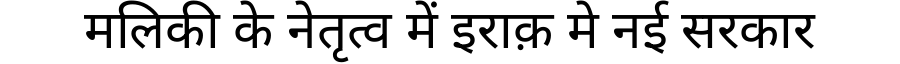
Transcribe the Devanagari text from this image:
मलिकी के नेतृत्व में इराक़ मे नई सरकार